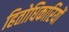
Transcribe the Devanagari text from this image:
हितोधिकारियों